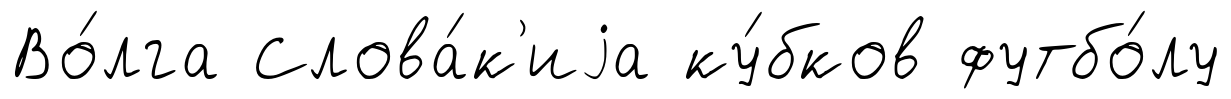
Во́лга Слова́к'иjа ку́бков футбо́лу